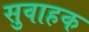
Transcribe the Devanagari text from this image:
सुवाहक